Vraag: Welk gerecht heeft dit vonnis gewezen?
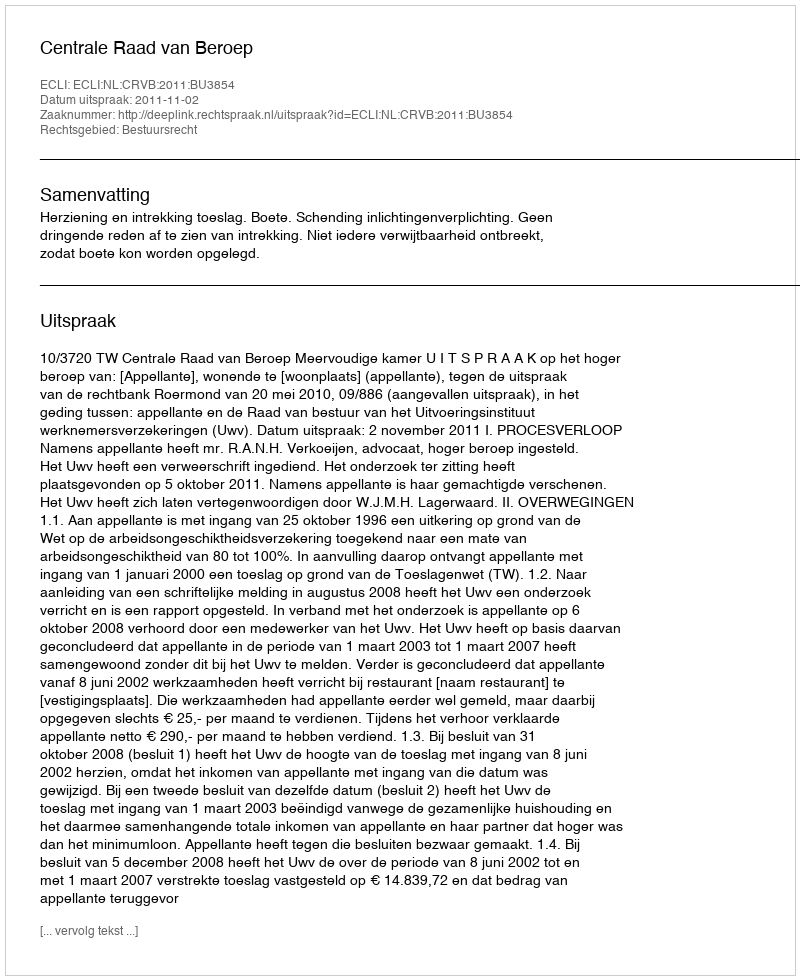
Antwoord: Centrale Raad van Beroep